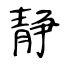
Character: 静